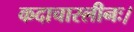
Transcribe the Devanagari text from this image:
कदाचारलीनः।